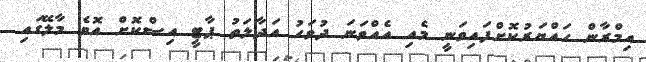
އިމްރާން ހައްޔަރުކޮށްފައިވަނީ މެއި އެއްވަނަ ދުވަހު އަދާލަތު ޕާޓީ އިސްކޮށް އޮވެ މާލޭގައި